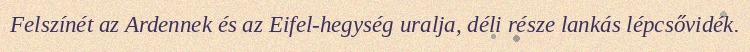
Felszínét az Ardennek és az Eifel-hegység uralja, déli része lankás lépcsővidék.